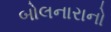
બોલનારાનો